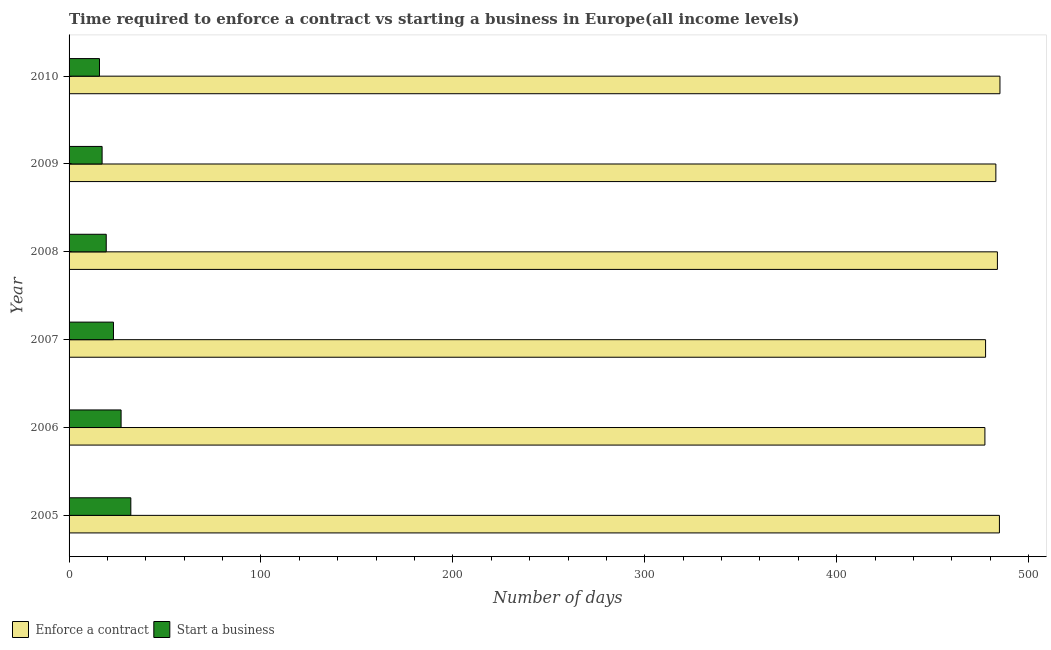
| Year | Enforce a contract | Start a business |
 | --- | --- | --- |
 | 2005 | 485 | 32.2 |
 | 2006 | 477 | 27.1 |
 | 2007 | 478 | 23.1 |
 | 2008 | 484 | 19.4 |
 | 2009 | 483 | 17.2 |
 | 2010 | 485 | 15.9 |